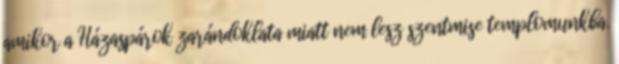
amikor a Házaspárok zarándoklata miatt nem lesz szentmise templomunkba.